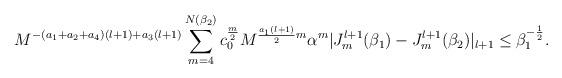
LaTeX: \begin{align*}M^{-(a_1+a_2+a_4)(l+1)+a_3(l+1)}\sum_{m=4}^{N(\beta_2)}c_0^{\frac{m}{2}}M^{\frac{a_1(l+1)}{2}m}\alpha^m|J_m^{l+1}(\beta_1)-J_m^{l+1}(\beta_2)|_{l+1}\le \beta_1^{-\frac{1}{2}}.\end{align*}